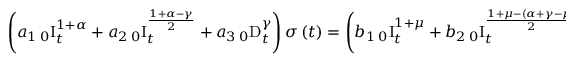
\left( a _ { 1 } \, _ { 0 } \mathrm { I } _ { t } ^ { 1 + \alpha } + a _ { 2 } \, _ { 0 } \mathrm { I } _ { t } ^ { \frac { 1 + \alpha - \gamma } { 2 } } + a _ { 3 } \, _ { 0 } \mathrm { D } _ { t } ^ { \gamma } \right) \sigma \left( t \right) = \left( b _ { 1 } \, _ { 0 } \mathrm { I } _ { t } ^ { 1 + \mu } + b _ { 2 } \, _ { 0 } \mathrm { I } _ { t } ^ { \frac { 1 + \mu - \left( \alpha + \gamma - \mu \right) } { 2 } } + b _ { 3 } \, _ { 0 } \mathrm { D } _ { t } ^ { \alpha + \gamma - \mu } \right) \varepsilon \left( t \right) ,